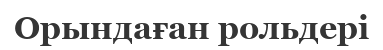
Орындаған рольдері